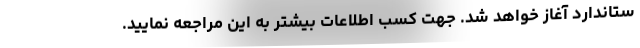
ستاندارد آغاز خواهد شد. جهت کسب اطلاعات بیشتر به این مراجعه نمایید.